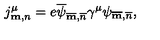
j _ { { \bf m } , n } ^ { \mu } = e \overline { \psi } _ { \overline { { \bf m } } , \overline { { n } } } \gamma ^ { \mu } \psi _ { \overline { { \bf m } } , \overline { { n } } } ,